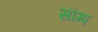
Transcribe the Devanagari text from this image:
सौम्प